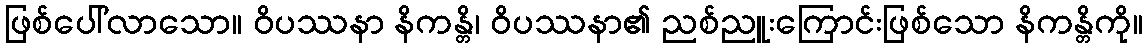
ဖြစ်ပေါ်လာသော။ ဝိပဿနာ နိကန္တိ၊ ဝိပဿနာ၏ ညစ်ညူးကြောင်းဖြစ်သော နိကန္တိကို။